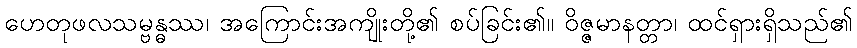
ဟေတုဖလသမ္ဗန္ဓဿ၊ အကြောင်းအကျိုးတို့၏ စပ်ခြင်း၏။ ဝိဇ္ဇမာနတ္တာ၊ ထင်ရှားရှိသည်၏